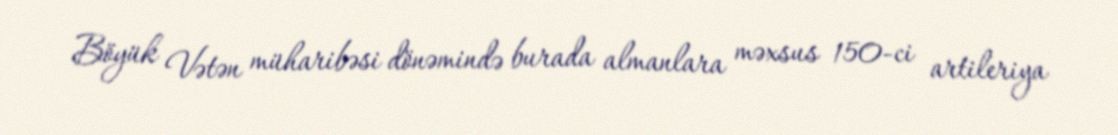
Böyük Vətən müharibəsi dönəmində burada almanlara məxsus 150-ci artileriya